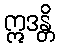
ဣဒန္တိ